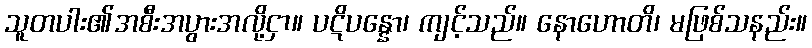
သူတပါး၏အစီးအပွားအလို့ငှာ။ ပဋိပန္နော၊ ကျင့်သည်။ နောဟောတိ၊ မဖြစ်သနည်း။